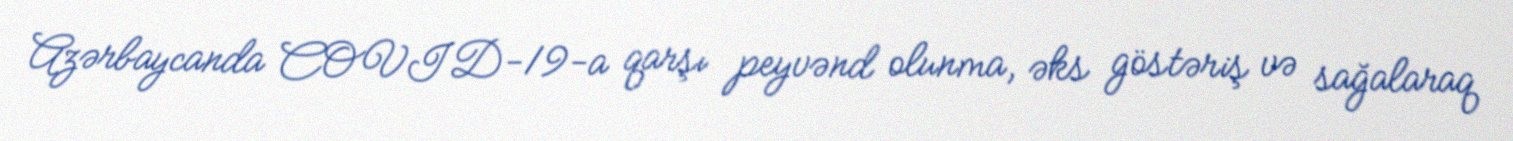
Azərbaycanda COVID-19-a qarşı peyvənd olunma, əks göstəriş və sağalaraq